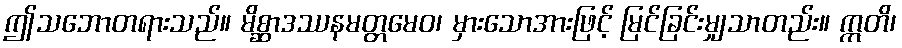
ဤသဘောတရားသည်။ မိစ္ဆာဒဿနမတ္တမေဝ၊ မှားသောအားဖြင့် မြင်ခြင်းမျှသာတည်း။ ဣတိ၊